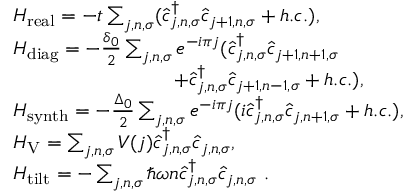
\begin{array} { r l } & { H _ { \mathrm { { r e a l } } } = - t \sum _ { j , n , \sigma } ( \hat { c } _ { j , n , \sigma } ^ { \dagger } \hat { c } _ { j + 1 , n , \sigma } + h . c . ) , } \\ & { H _ { \mathrm { d i a g } } = - \frac { \delta _ { 0 } } { 2 } \sum _ { j , n , \sigma } e ^ { - i \pi j } ( \hat { c } _ { j , n , \sigma } ^ { \dagger } \hat { c } _ { j + 1 , n + 1 , \sigma } } \\ & { ~ ~ ~ ~ ~ ~ ~ ~ ~ ~ ~ ~ ~ ~ ~ ~ ~ ~ ~ ~ ~ ~ ~ ~ + \hat { c } _ { j , n , \sigma } ^ { \dagger } \hat { c } _ { j + 1 , n - 1 , \sigma } + h . c . ) , } \\ & { H _ { \mathrm { { s y n t h } } } = - \frac { \Delta _ { 0 } } { 2 } \sum _ { j , n , \sigma } e ^ { - i \pi j } ( i \hat { c } _ { j , n , \sigma } ^ { \dagger } \hat { c } _ { j , n + 1 , \sigma } + h . c . ) , } \\ & { H _ { \mathrm { V } } = \sum _ { j , n , \sigma } V ( j ) \hat { c } _ { j , n , \sigma } ^ { \dagger } \hat { c } _ { j , n , \sigma } , } \\ & { H _ { \mathrm { { t i l t } } } = - \sum _ { j , n , \sigma } \hbar \omega n \hat { c } _ { j , n , \sigma } ^ { \dagger } \hat { c } _ { j , n , \sigma } ~ . } \end{array}